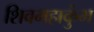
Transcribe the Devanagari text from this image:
शिवमहाकुंभ